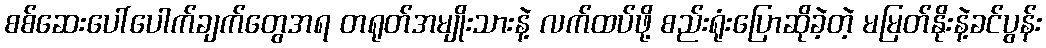
စစ်ဆေးပေါ်ပေါက်ချက်တွေအရ တရုတ်အမျိုးသားနဲ့ လက်ထပ်ဖို့ စည်းရုံးပြောဆိုခဲ့တဲ့ မမြတ်နိုးနဲ့ခင်ပွန်း